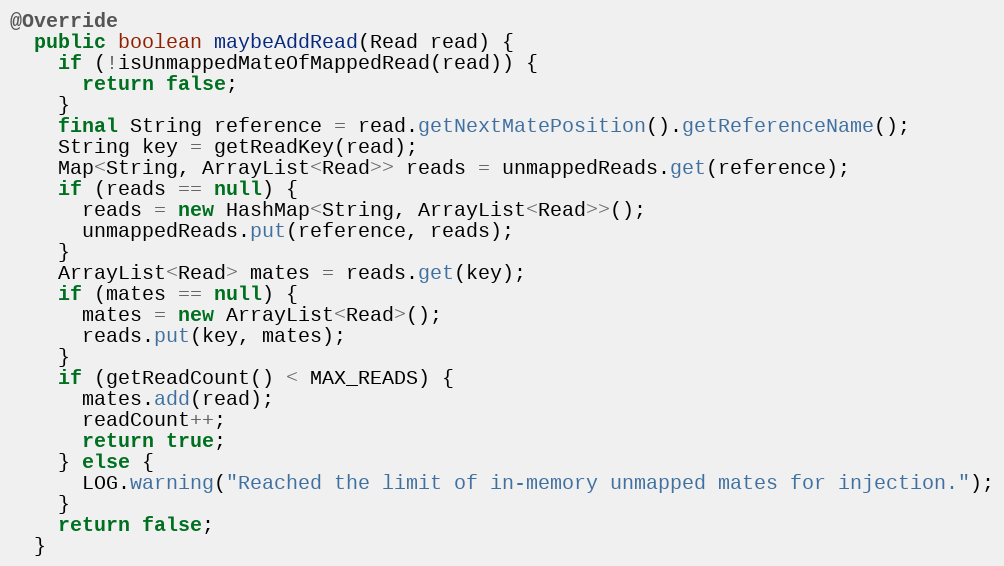
Language: Java
@Override
  public boolean maybeAddRead(Read read) {
    if (!isUnmappedMateOfMappedRead(read)) {
      return false;
    }
    final String reference = read.getNextMatePosition().getReferenceName();
    String key = getReadKey(read);
    Map<String, ArrayList<Read>> reads = unmappedReads.get(reference);
    if (reads == null) {
      reads = new HashMap<String, ArrayList<Read>>();
      unmappedReads.put(reference, reads);
    }
    ArrayList<Read> mates = reads.get(key);
    if (mates == null) {
      mates = new ArrayList<Read>();
      reads.put(key, mates);
    }
    if (getReadCount() < MAX_READS) {
      mates.add(read);
      readCount++;
      return true;
    } else {
      LOG.warning("Reached the limit of in-memory unmapped mates for injection.");
    }
    return false;
  }